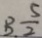
B . \frac { 5 } { 2 }